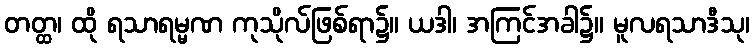
တတ္ထ၊ ထို ရသာရမ္မဏ ကုသိုလ်ဖြစ်ရာ၌။ ယဒါ၊ အကြင်အခါ၌။ မူလရသာဒီသု၊